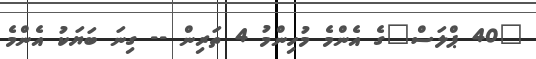
"40 ޕްލަސް"ގެ އެންމެ މުހިންމު 4 ތަރިން -- ގިނަ ބަޔަކު އެންމެ